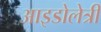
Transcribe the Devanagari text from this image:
आइडोलेत्री